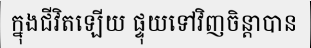
ក្នុងជីវិតឡើយ ផ្ទុយទៅវិញចិន្តាបាន